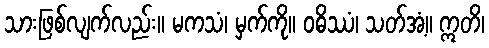
သားဖြစ်လျက်လည်း။ မကသံ၊ မှက်ကို။ ဝဓိဿံ၊ သတ်အံ့။ ဣတိ၊